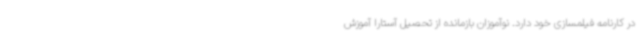
در کارنامه فیلمسازی خود دارد. نوآموزان بازمانده از تحصیل آستارا آموزش